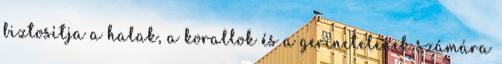
biztosítja a halak, a korallok és a gerinctelenek számára